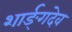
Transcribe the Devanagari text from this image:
शार्ङ्‌गदेव